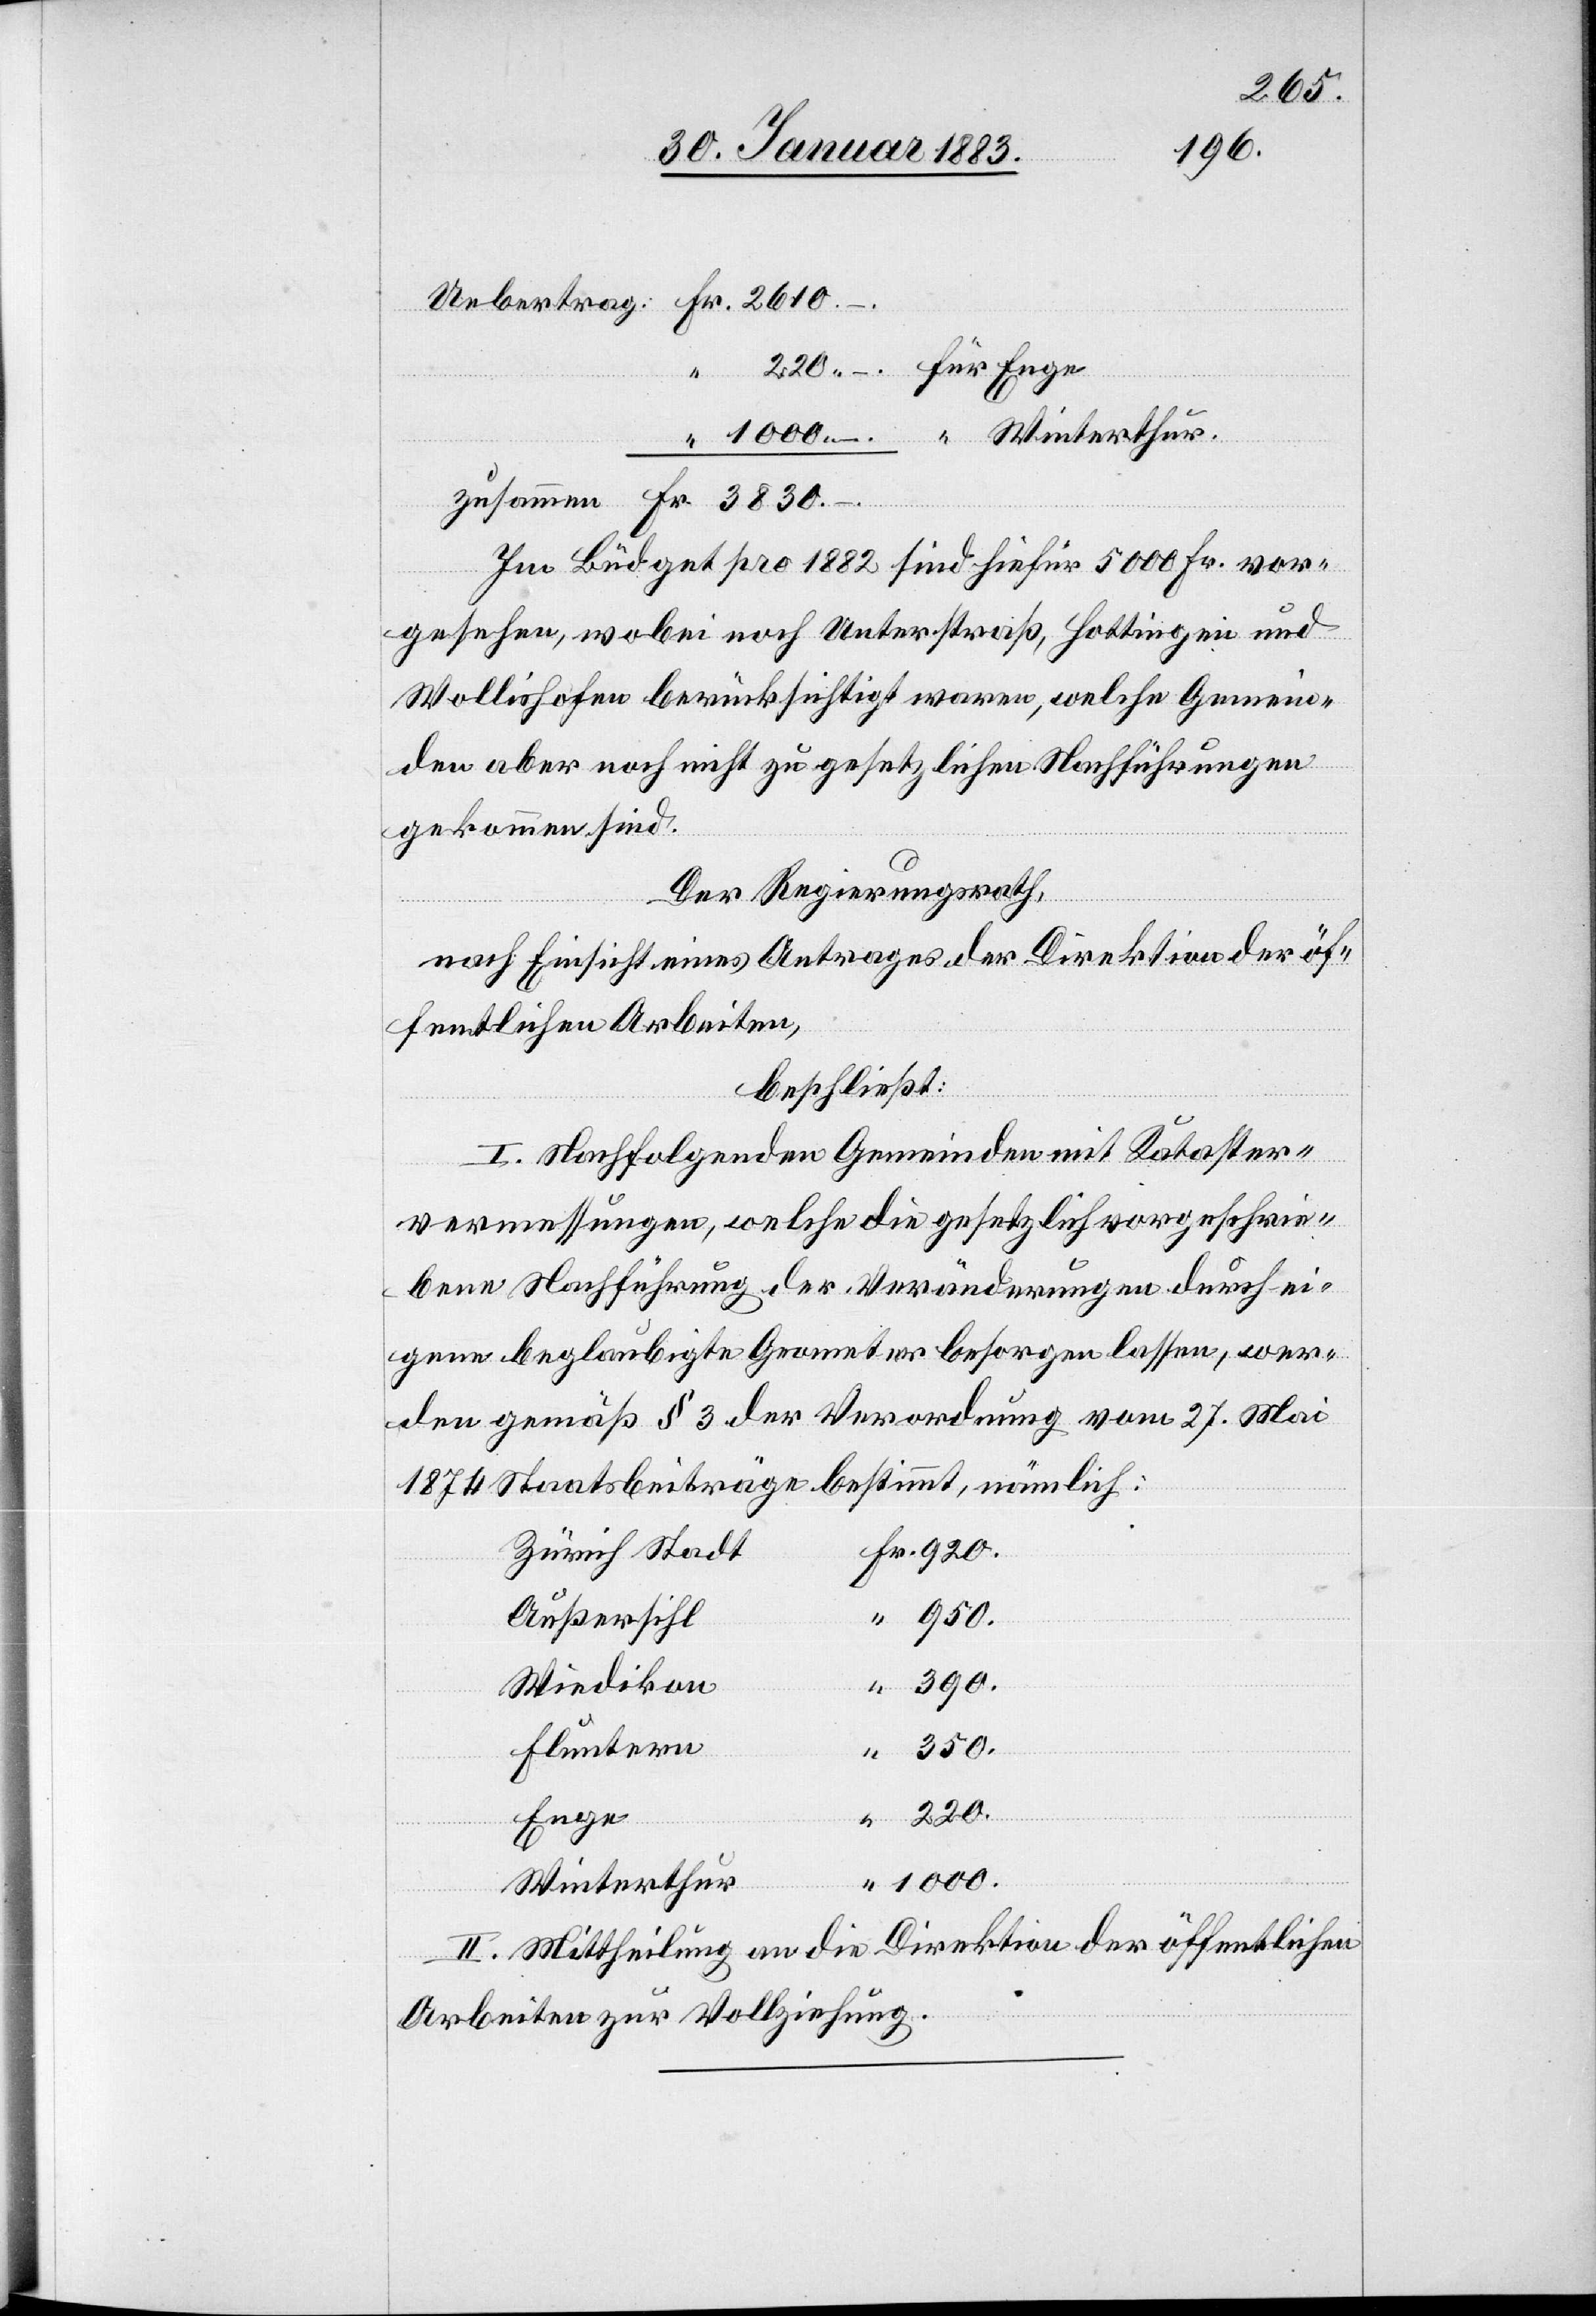
220.
–.
Im Büdget pro 1882 sind hiefür 5000 Fr. vor¬
gesehen, wobei noch Unterstraß, Hottingen und
Wollishofen berücksichtigt waren, welche Gemein¬
den aber noch nicht zu gesetzlichen Nachführungen
gekommen sind.
Der Regierungsrath,
nach Einsicht eines Antrages der Direktion der öf¬
fentlichen Arbeiten,
beschließt:
Fr.
I. Nachfolgenden Gemeinden mit Kataster¬
220
vermessungen, welche die gesetzlich vorgeschrie¬
bene Nachführung der Veränderungen durch ei¬
gene beglaubigte Geometer besorgen lassen, wer¬
den gemäß § 3 der Verordnung vom 27. Mai
1874 Staatsbeiträge bestimmt, nämlich:
Zürich Stadt
1000.
–.
Außersihl
390.
Wiedikon
350.
Fluntern
zusammen
Enge
Winterthur
II. Mittheilung an die Direktion der öffentlichen
Arbeiten zur Vollziehung.